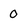
Character: 0